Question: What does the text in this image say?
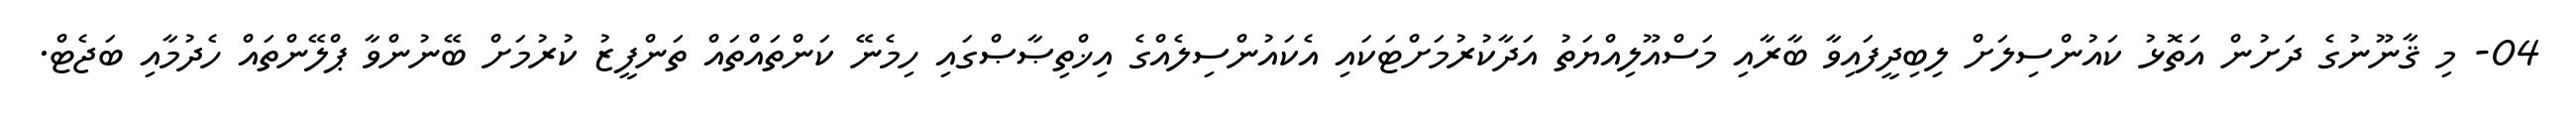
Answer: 04- މި ޤާނޫނުގެ ދަށުން އަތޮޅު ކައުންސިލަށް ލިބިދީފައިވާ ބާރާއި މަސްއޫލިއްޔަތު އަދާކުރުމަށްޓަކައި އެކައުންސިލެއްގެ އިޚްތިޞާޞްގައި ހިމެނޭ ކަންތައްތައް ތަންފީޒު ކުރުމަށް ބޭނުންވާ ޕްލޭންތައް ހެދުމާއި ބަޖެޓް.